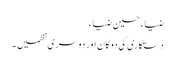
ضیاء حسین ضیاء
دستکاری کی دوکان اور دوسری نظمیں ۔